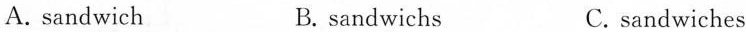
A. sandwich B. sandwichs C.sandwiches